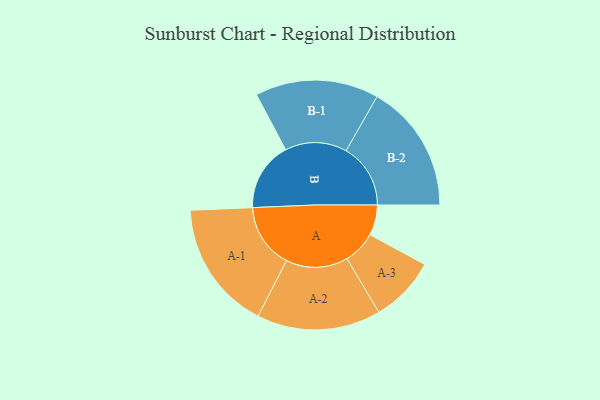
{"axis": {"x": "Segment", "y": "Value"}, "legend": ["", "A", "B"], "data": [{"x": "A", "y": 135, "type": ""}, {"x": "B", "y": 306, "type": ""}, {"x": "A-1", "y": 287, "type": "A"}, {"x": "A-2", "y": 275, "type": "A"}, {"x": "A-3", "y": 146, "type": "A"}, {"x": "B-1", "y": 274, "type": "B"}, {"x": "B-2", "y": 286, "type": "B"}]}